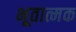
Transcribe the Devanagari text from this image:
भूतात्मक